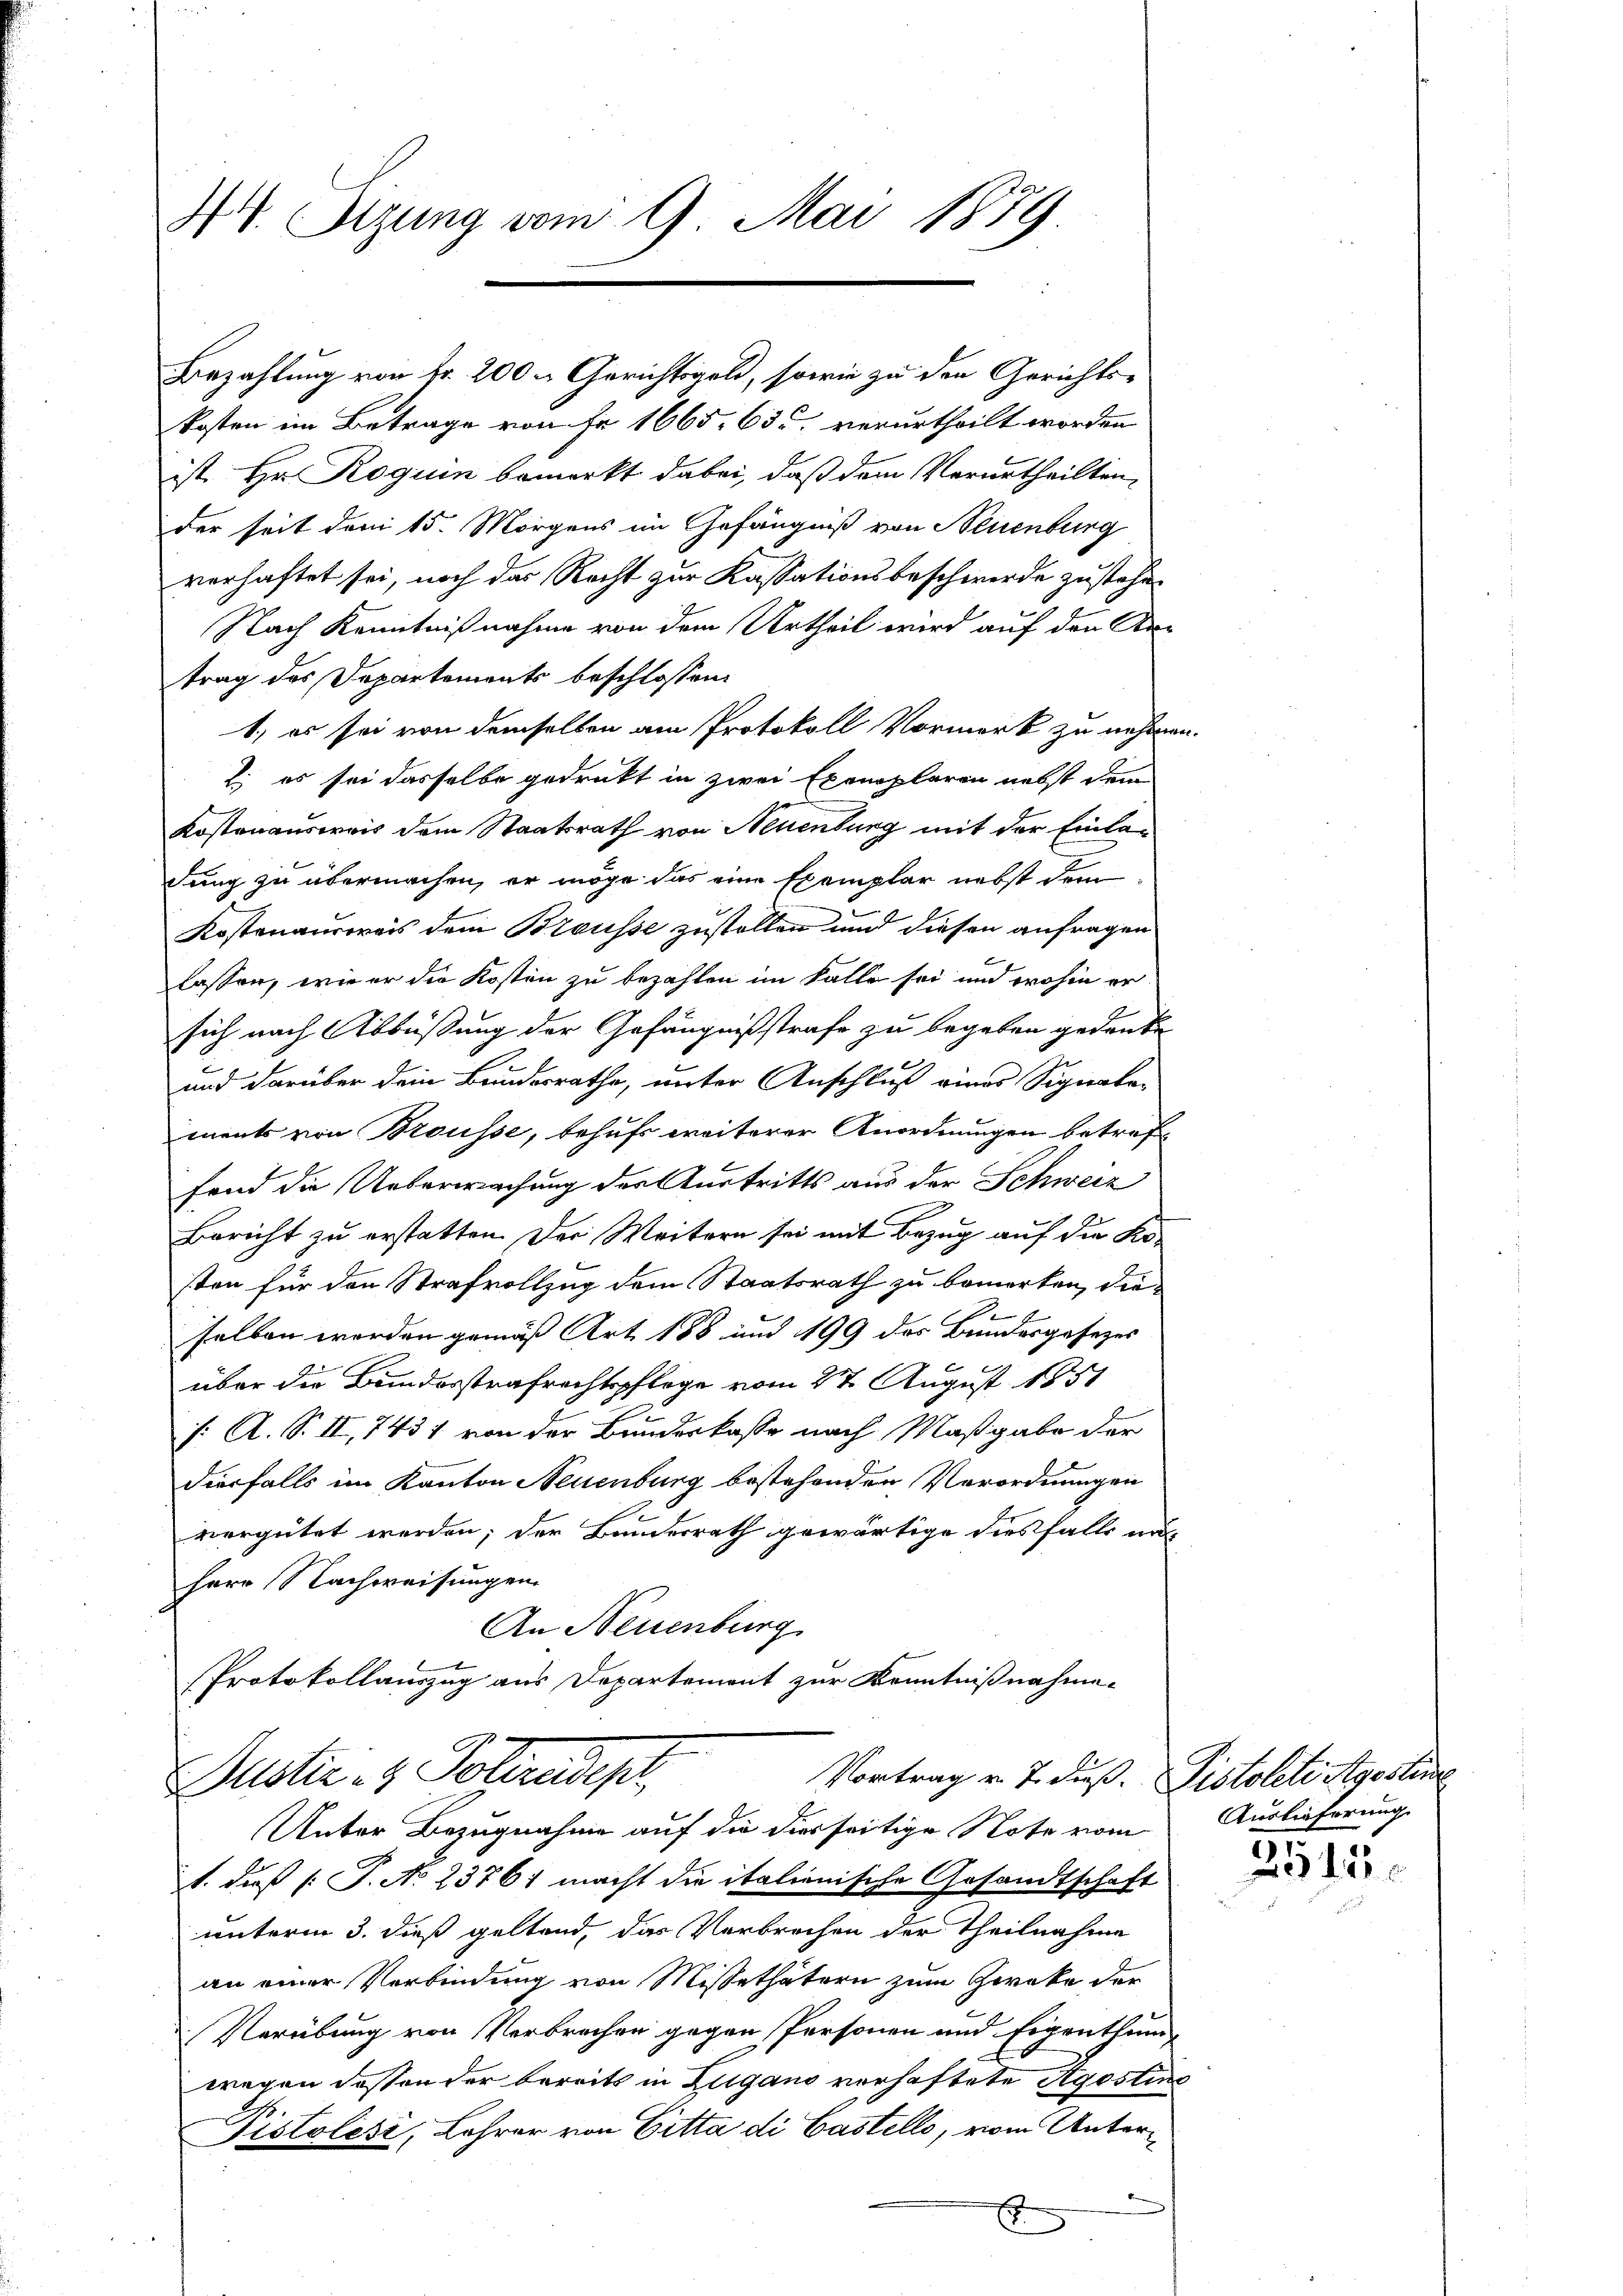
44. Sizung vom 9. Mai 1879.

kosten im Betrage von Fr. 1665. 635. verurtheilt worden
ist. Hr. Roguin bemerkt dabei, daß dem Verurtheilten,
der seit den 15. Morgens im Gefängniß von Neuenburg
verhaftet sei, noch das Recht zur Kassationsbeschwerde zustehen
Nach Kenntnißnahme von dem Urtheil wird auf den Re-
trag des Departements beschlossen:
1) es sei von demselben am Protokoll Vormerk zu nehmen.
2) es sei dasselbe gedruckt in zwei Exemplaren nebst dem
Kostenausweis dem Staatsrath von Neuenburg mit der Einladung zu übermachen, er möge das eine Exemplar nebst dem
Kostenausweis dem Breusse zustellen und diesen anfragen
lassen, wie er die Kosten zu bezahlen im Falle sei und wohin er
sich nach Abbüßung der Gefängnißstrafe zu begeben gedanke
und darüber dein Bundesrathe, unter Anschluß eines Signalemnents von Brousse, behufs weiterer Anordnungen betref
fend die Ueberwachung der Austritts aus der Schweiz
Bericht zu erstatten. Der Weitern sei mit Bezug auf die Ko-
sten für den Strafvollzug dem Staatsrath zu bemerken, die-
selben werden gemäß Art 188 und 199 des Bundesgesezes
über die Bundesstrafrechtspflege vom 27. August 1857
/: A. S. II, 7431 von der Bundeskasse nach Maßgabe der
diesfalls im Kanton Neuenburg bestehenden Verordnungen
vergütet werden; der Bundesrath gewärtige diesfalls na
Herr Nachweisungen.
An Neuenburg
Protokollauszug aus Departement zur Kenntnißnahme¬

Bezahlung von Fr. 200 u Gerichtsgeld, sowie zu den Gerichts-

Vortrag v. 7. dieß. Pistoleti Agostire
Justiz- & Polizeidepr

Unter Bezugnahme auf die diesseitige Note vom
1. dieß (: P. No 23761 macht die italienische Gesandtschaft
unterm 3. dieß geltend, das Verbrechen der Theilnahme
an einer Verbindung von Missethätern zum Gerate der
Verübung von Verbrechen gegen Personen und Eigentlum
wegen dessen der bereits in Zugano verhaftete Agostine
Pistolesi, Lehrer von Gitta di Castello, vom Unter¬
E

Auslieferung.

2543